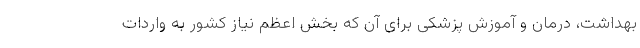
بهداشت، درمان و آموزش پزشکی برای آن که بخش اعظم نیاز کشور به واردات